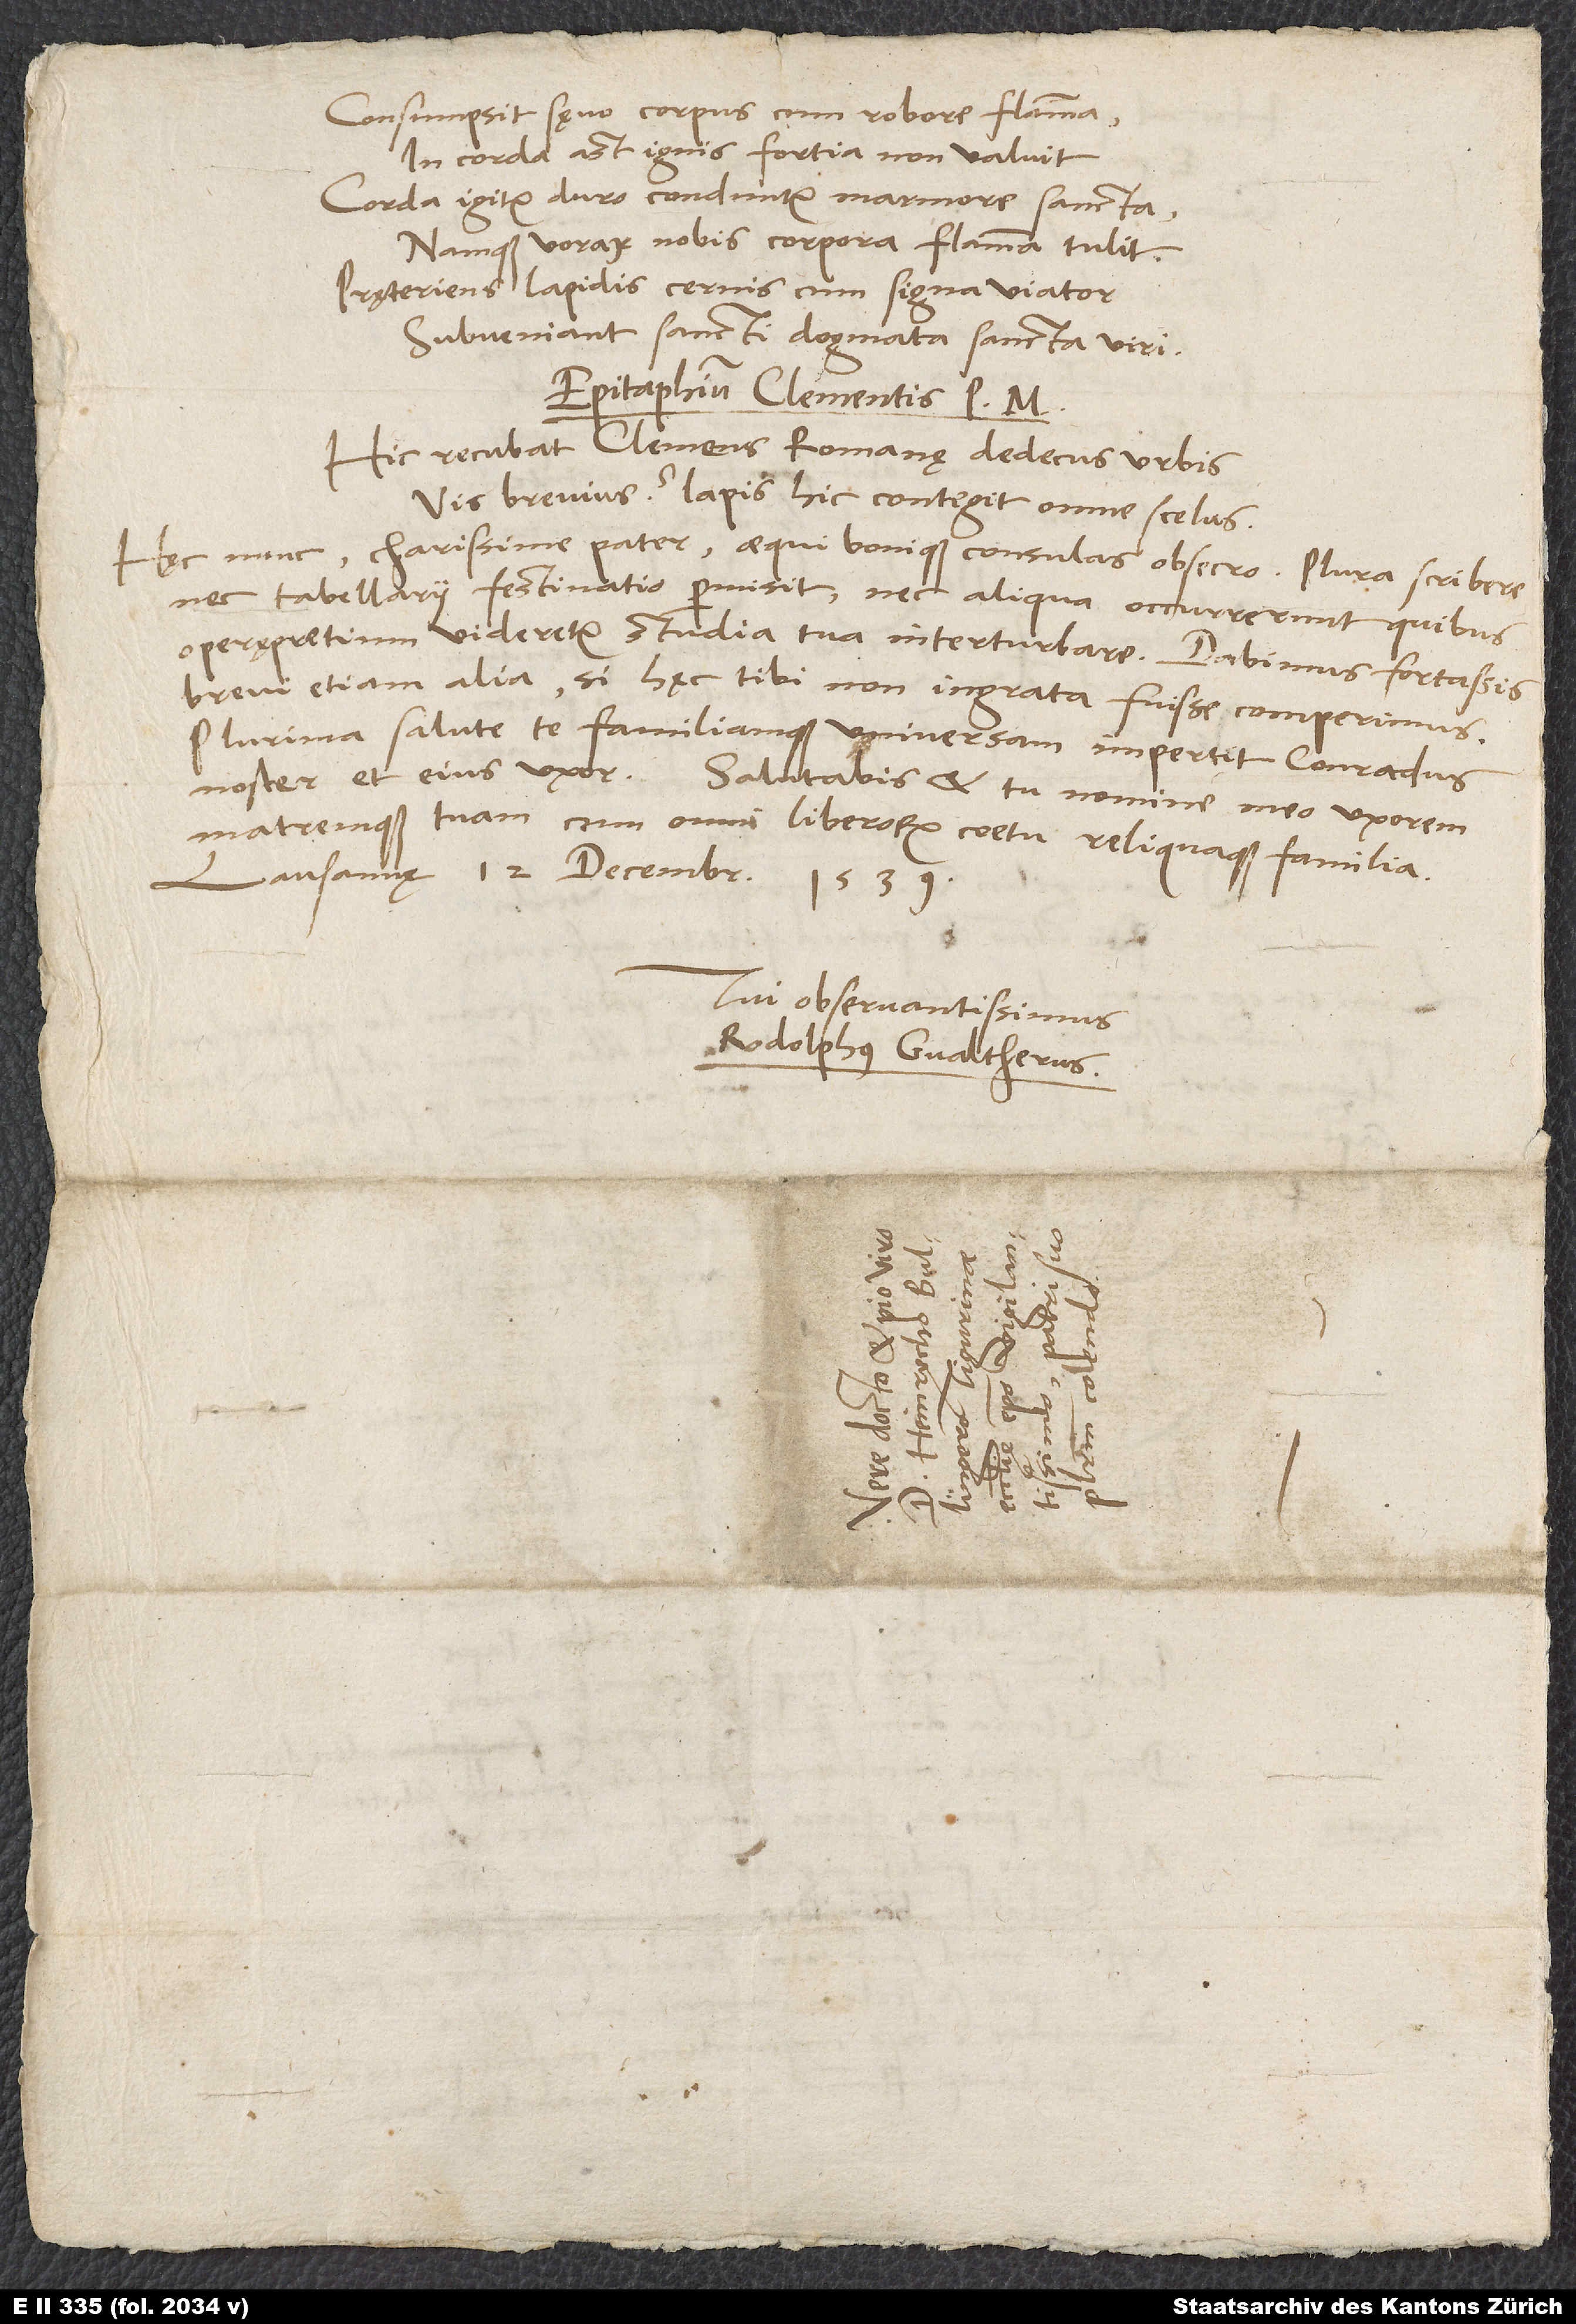
Consumpsit sęvo corpus cum robore flamma,
In corda ast ignis fortia non valuit.
Corda igitur duro conduntur marmore sancta,
Namque vorax nobis corpora flamma tulit.
Pręteriens lapidis cernis cum signa, viator,
Subveniant sancti dogmata sancta viri.
Epitaphium Clementis p:
Hic recubat Clemens, Romanę dedecus urbis.
Vis brevius? Lapis hic contegit omne scelus.
Hęc nunc, charissime pater, aequi bonique consulas, obsecro. Plura scribere
nec tabellarii festinatio permisit, nec aliqua occurrerunt, quibus
operępretium videretur studia tua interturbare. Dabimus fortassis
brevi etiam alia, si hęc tibi non ingrata fuisse comperimus.
Plurima salute te familiamque universam impertit Conradus
noster et eius uxor. Salutabis et tu nomine meo uxorem
matremque tuam cum omni liberorum coetu reliquaque familia.
Lausannę, 12. decembris
1539.
Tui observantissimus
Rodolphus Gvaltherus.